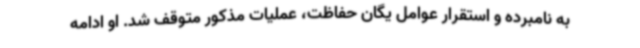
به نامبرده و استقرار عوامل یگان حفاظت، عملیات مذکور متوقف شد. او ادامه